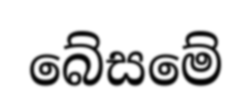
බේසමේ